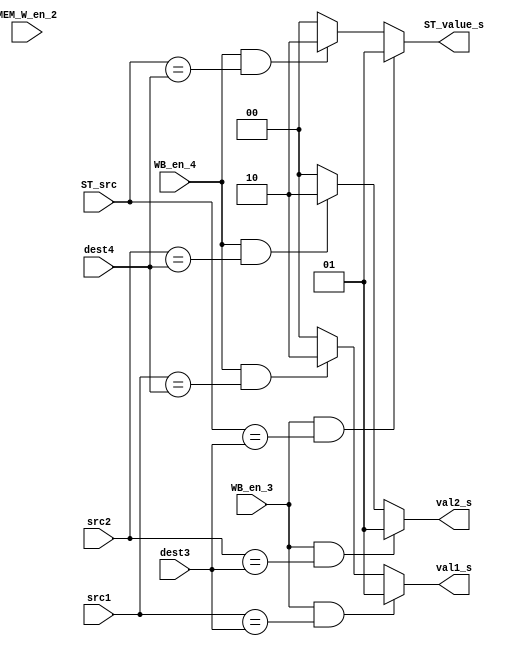
module Forwarding_unit (
    input [4:0] src1, src2,
    input [4:0] ST_src, // previously: dest2
        dest3, dest4,
    input MEM_W_en_2, // won't be used
    input WB_en_3, WB_en_4,
    output [1:0] val1_s, val2_s, ST_value_s
);
    assign val1_s = WB_en_3 & (src1 == dest3) ? 2'd1 : WB_en_4 & (src1 == dest4) ? 2'd2 : 2'd0; 
    assign val2_s = WB_en_3 & (src2 == dest3) ? 2'd1 : WB_en_4 & (src2 == dest4) ? 2'd2 : 2'd0; 
    assign ST_value_s = WB_en_3 & (ST_src == dest3) ? 2'd1 : WB_en_4 & (ST_src == dest4) ? 2'd2 : 2'd0; 
endmodule